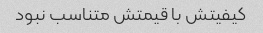
کیفیتش با قیمتش متناسب نبود